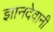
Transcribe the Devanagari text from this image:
ज्ञानदेवानी